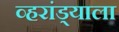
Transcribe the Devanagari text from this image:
व्हरांड्याला